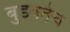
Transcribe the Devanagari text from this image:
बुडवतेच